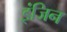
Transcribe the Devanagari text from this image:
इंजिन